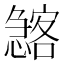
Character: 𱟖